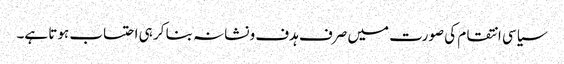
سیاسی انتقام کی صورت میں صرف ہدف و نشانہ بنا کر ہی احتساب ہوتا ہے۔